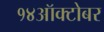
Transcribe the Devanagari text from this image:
१४ऑक्टोबर